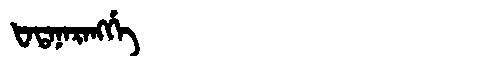
Manchu: ᡶᠠᡨᠠᠨᠠᡵᠠᠩᡤᡝ
Romanization: FATANARANGGE